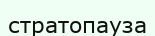
стратопауза